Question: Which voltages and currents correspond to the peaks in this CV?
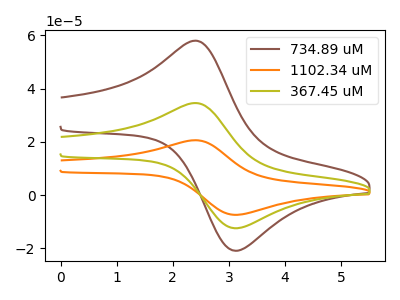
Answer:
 <answer>The brown curve "734.89 uM" has an anodic peak at (2.40V, 57.95uA) and a cathodic peak at (3.15V, -20.85uA). The orange curve "1102.34 uM" has an anodic peak at (2.40V, 69.10uA) and a cathodic peak at (3.15V, -24.85uA). The olive curve "367.45 uM" has an anodic peak at (2.40V, 34.55uA) and a cathodic peak at (3.15V, -12.40uA).</answer>
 <eval></eval>